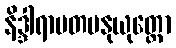
နိဒ္ဒါရာမတမနုယုတ္တော